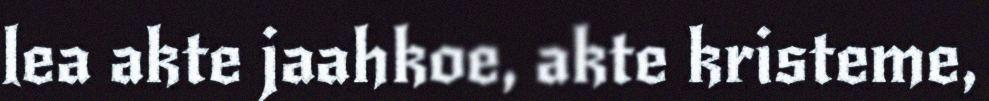
lea akte jaahkoe, akte kristeme,